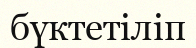
бүктетіліп